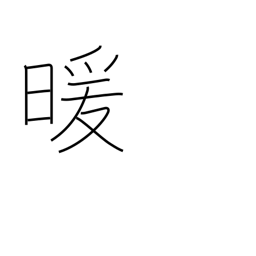
Meaning: warmth